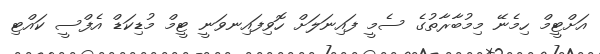
އަށްޓީމް ހިމެނޭ މިމުބާރާތުގެ ސެމީ ފައިނަލަށް ހޮވިފައިނވަނީ ޓީމް މުޑިކަޑް އެފްސީ ކައްޓި